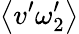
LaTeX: \left\langle v^{\prime}\omega_{2}^{\prime}\right\rangle